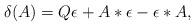
LaTeX: \begin{align*}\delta(A)=Q\epsilon+A*\epsilon-\epsilon*A,\end{align*}